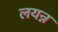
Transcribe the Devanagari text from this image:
लयन्न